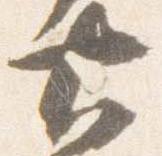
大